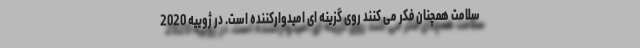
سلامت همچنان فکر می کنند روی گزینه ای امیدوارکننده است. در ژوییه 2020